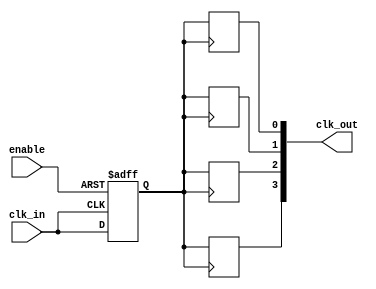
module ClockTreeBuffer #(
    parameter NUM_OUTPUTS = 4 // Number of output clock signals
)(
    input wire clk_in,          // Input clock signal
    input wire enable,          // Enable signal
    output reg [NUM_OUTPUTS-1:0] clk_out // Output clock signals
);

    // Internal signal for buffered clock
    reg buffered_clk;

    // Buffering mechanism
    always @(posedge clk_in or negedge enable) begin
        if (!enable) begin
            buffered_clk <= 1'b0; // Disable output when not enabled
        end else begin
            buffered_clk <= clk_in; // Buffer the input clock
        end
    end

    // Distributing the buffered clock to output signals
    generate
        genvar i;
        for (i = 0; i < NUM_OUTPUTS; i = i + 1) begin : clk_distribution
            always @(posedge buffered_clk) begin
                clk_out[i] <= buffered_clk; // Distribute buffered clock
            end
        end
    endgenerate

endmodule